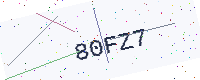
Text: 80FZ7